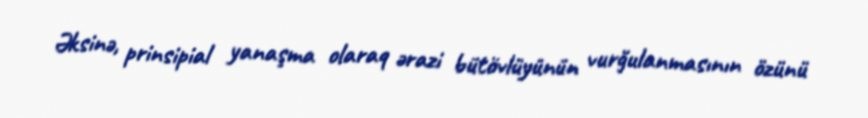
Əksinə, prinsipial yanaşma olaraq ərazi bütövlüyünün vurğulanmasının özünü